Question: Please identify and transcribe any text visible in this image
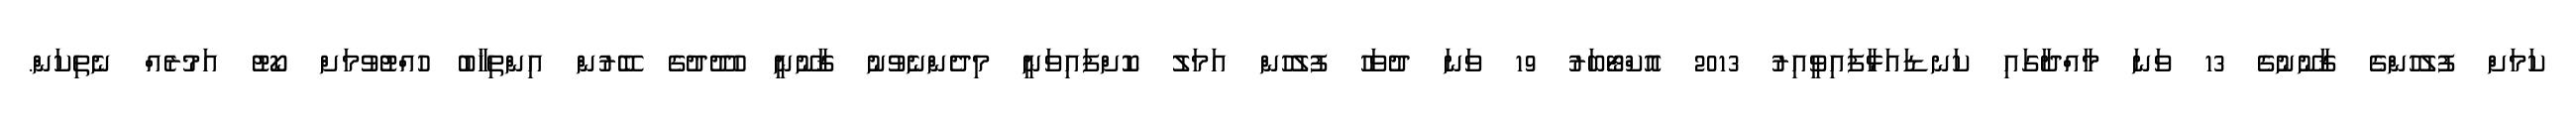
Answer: ކަމަށް ފުލުހުންގެ ޤާނޫނުގެ 13 ވަނަ މާއްދާގައި ކަނޑައަޅާފައިވީއިރު 2013 އޮކްޓޯބަރު 19 ވަނަ ދުވަހު ފުލުހުން އަމަލު ކޮށްފައިވަނީ މިދެންނެވުނު ޤާނޫނީ ހުދޫދުގެ ބޭރުން އިންތިޚާބު ހުއްޓުވުމަށް ކޯޓު އަމުރެއް ނެތިކަން.